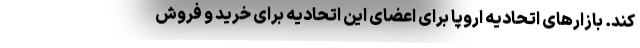
کند. بازارهای اتحادیه اروپا برای اعضای این اتحادیه برای خرید و فروش